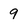
Character: 9